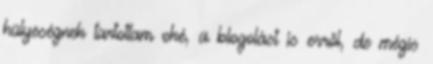
hülyeségnek tartottam oké, a blogolást is erről, de mégis